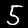
Digit: 5